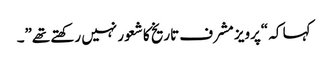
کہا کہ “پرویز مشرف تاریخ کا شعور نہیں رکھتے تھے”۔